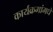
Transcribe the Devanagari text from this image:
कार्यक्रमांमधे